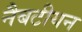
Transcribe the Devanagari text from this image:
नैबटीयन